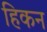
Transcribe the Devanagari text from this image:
हिकन